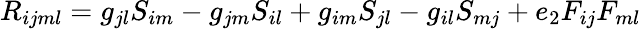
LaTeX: R_{ijml}=g_{jl}S_{im}-g_{jm}S_{il}+g_{im}S_{jl}-g_{il}S_{mj}+e_{2}F_{ij}F_{ml}